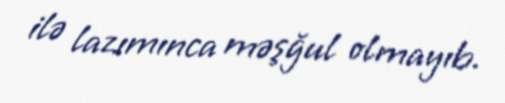
ilə lazımınca məşğul olmayıb.